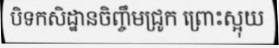
បិទកសិដ្ឋានចិញ្ចឹមជ្រូក ព្រោះស្អុយ